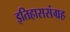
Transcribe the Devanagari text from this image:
इतिहाससंग्रह